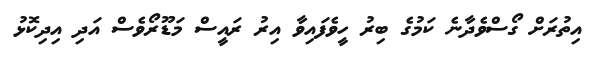
އިތުރަށް ގޯސްވެދާނެ ކަމުގެ ބިރު ހީވެފައިވާ އިރު ރައީސް މަޑޫރޯވެސް އަދި އިދިކޮޅު